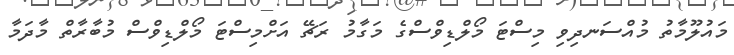
މައުލޫމާތު މުއްސަނދިވި މިސްޓަ މޯލްޑިވްސްގެ މަގާމު ރަޗޭ އަށްމިސްޓަ މޯލްޑިވްސް މުބާރާތް މާދަމާ